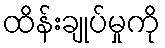
ထိန်းချုပ်မှုကို